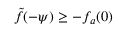
\tilde { f } ( - \psi ) \ge - f _ { a } ( 0 )